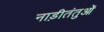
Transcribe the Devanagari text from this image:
नाड़ीतंतुओं